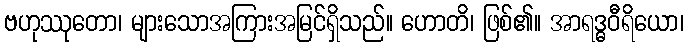
ဗဟုဿုတော၊ များသောအကြားအမြင်ရှိသည်။ ဟောတိ၊ ဖြစ်၏။ အာရဒ္ဓဝီရိယော၊